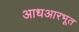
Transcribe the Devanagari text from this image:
आधआरभूत